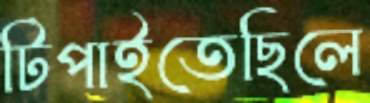
টিপাইতেছিলে